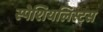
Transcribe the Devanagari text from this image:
स्पेशियलिस्टस